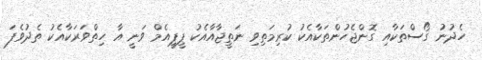
ހެދުނު ގޯސްތަކާއި ގޮންޖެހުންތަކާއެކު ކުރިމަތިވި ނަތީޖާއާއެކު ޕީޕީއެމް ވަނީ އާ ހިތްވަރަކާއެކު ތެދުވެފަ